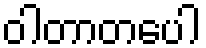
ဝါတာတပေါ